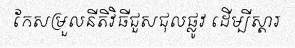
កែសម្រួលនីតិវិធីជួសជុលផ្លូវ ដើម្បីស្តារ